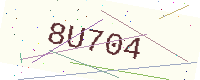
Text: 8U704